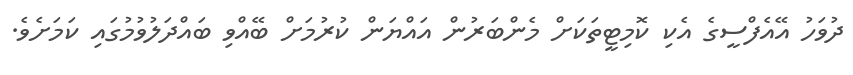
ދުވަހު އޭއެފްސީގެ އެކި ކޮމިޓީތަކަށް މެންބަރުން އައްޔަން ކުރުމަށް ބޭއްވި ބައްދަލުވުމުގައި ކަމަށެވެ.